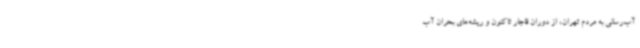
آب‌رسانی به مردم تهران، از دوران قاجار تاکنون و ریشه‌های بحران آب